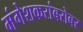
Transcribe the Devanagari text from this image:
मंगेशकरांबरोबर